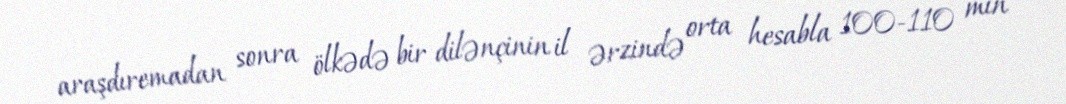
araşdıremadan sonra ölkədə bir dilənçinin il ərzində orta hesabla 100-110 min